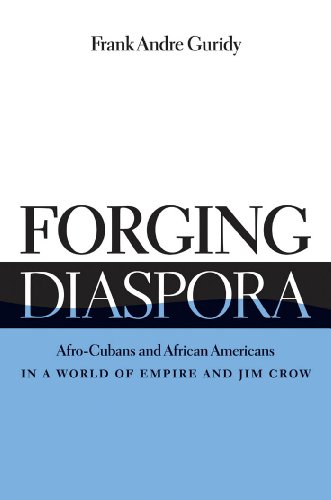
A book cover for Forging Diaspora: Afro-Cubans and African Americans in a World of Empire and Jim Crow (Envisioning Cuba); Frank Andre Guridy; History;